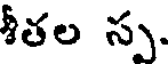
శీతల స్ప.